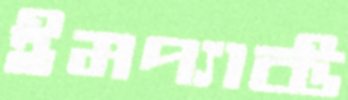
ইমপ্যাক্ট